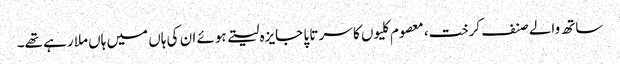
ساتھ والے صنف کرخت، معصوم کلیوں کا سر تا پا جایزہ لیتے ہوئے ان کی ہاں میں ہاں ملا رہے تھے۔